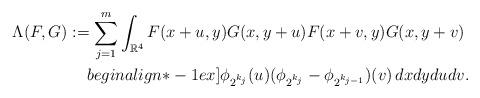
LaTeX: \begin{align*}\Lambda(F,G) := \sum_{j=1}^m \int_{\mathbb{R}^4} F(x+u,y)G(x,y+u)F(x+v,y)G(x,y+v) & \\begin{align*}-1ex]\phi_{2^{k_{j}}}(u)(\phi_{2^{k_{j}}}-\phi_{2^{k_{j-1}}})(v) \,dx dy du dv & .\end{align*}